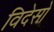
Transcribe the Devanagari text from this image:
विदेसो